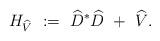
LaTeX: \begin{align*} H_{\widehat{V}} \ := \ \widehat{D}^*\widehat{D}\ + \ \widehat{V}. \end{align*}